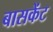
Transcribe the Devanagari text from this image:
बासकेंट